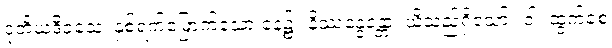
ဒုတိယဒိဝသေ၊ နှစ်ရက်မြောက်သော နေ့၌။ နိဿန္ဒေန္တော၊ ယိုသည်ရှိသော်။ ဝါ၊ ထွက်စေ